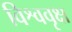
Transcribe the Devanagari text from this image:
विश्ववृक्ष